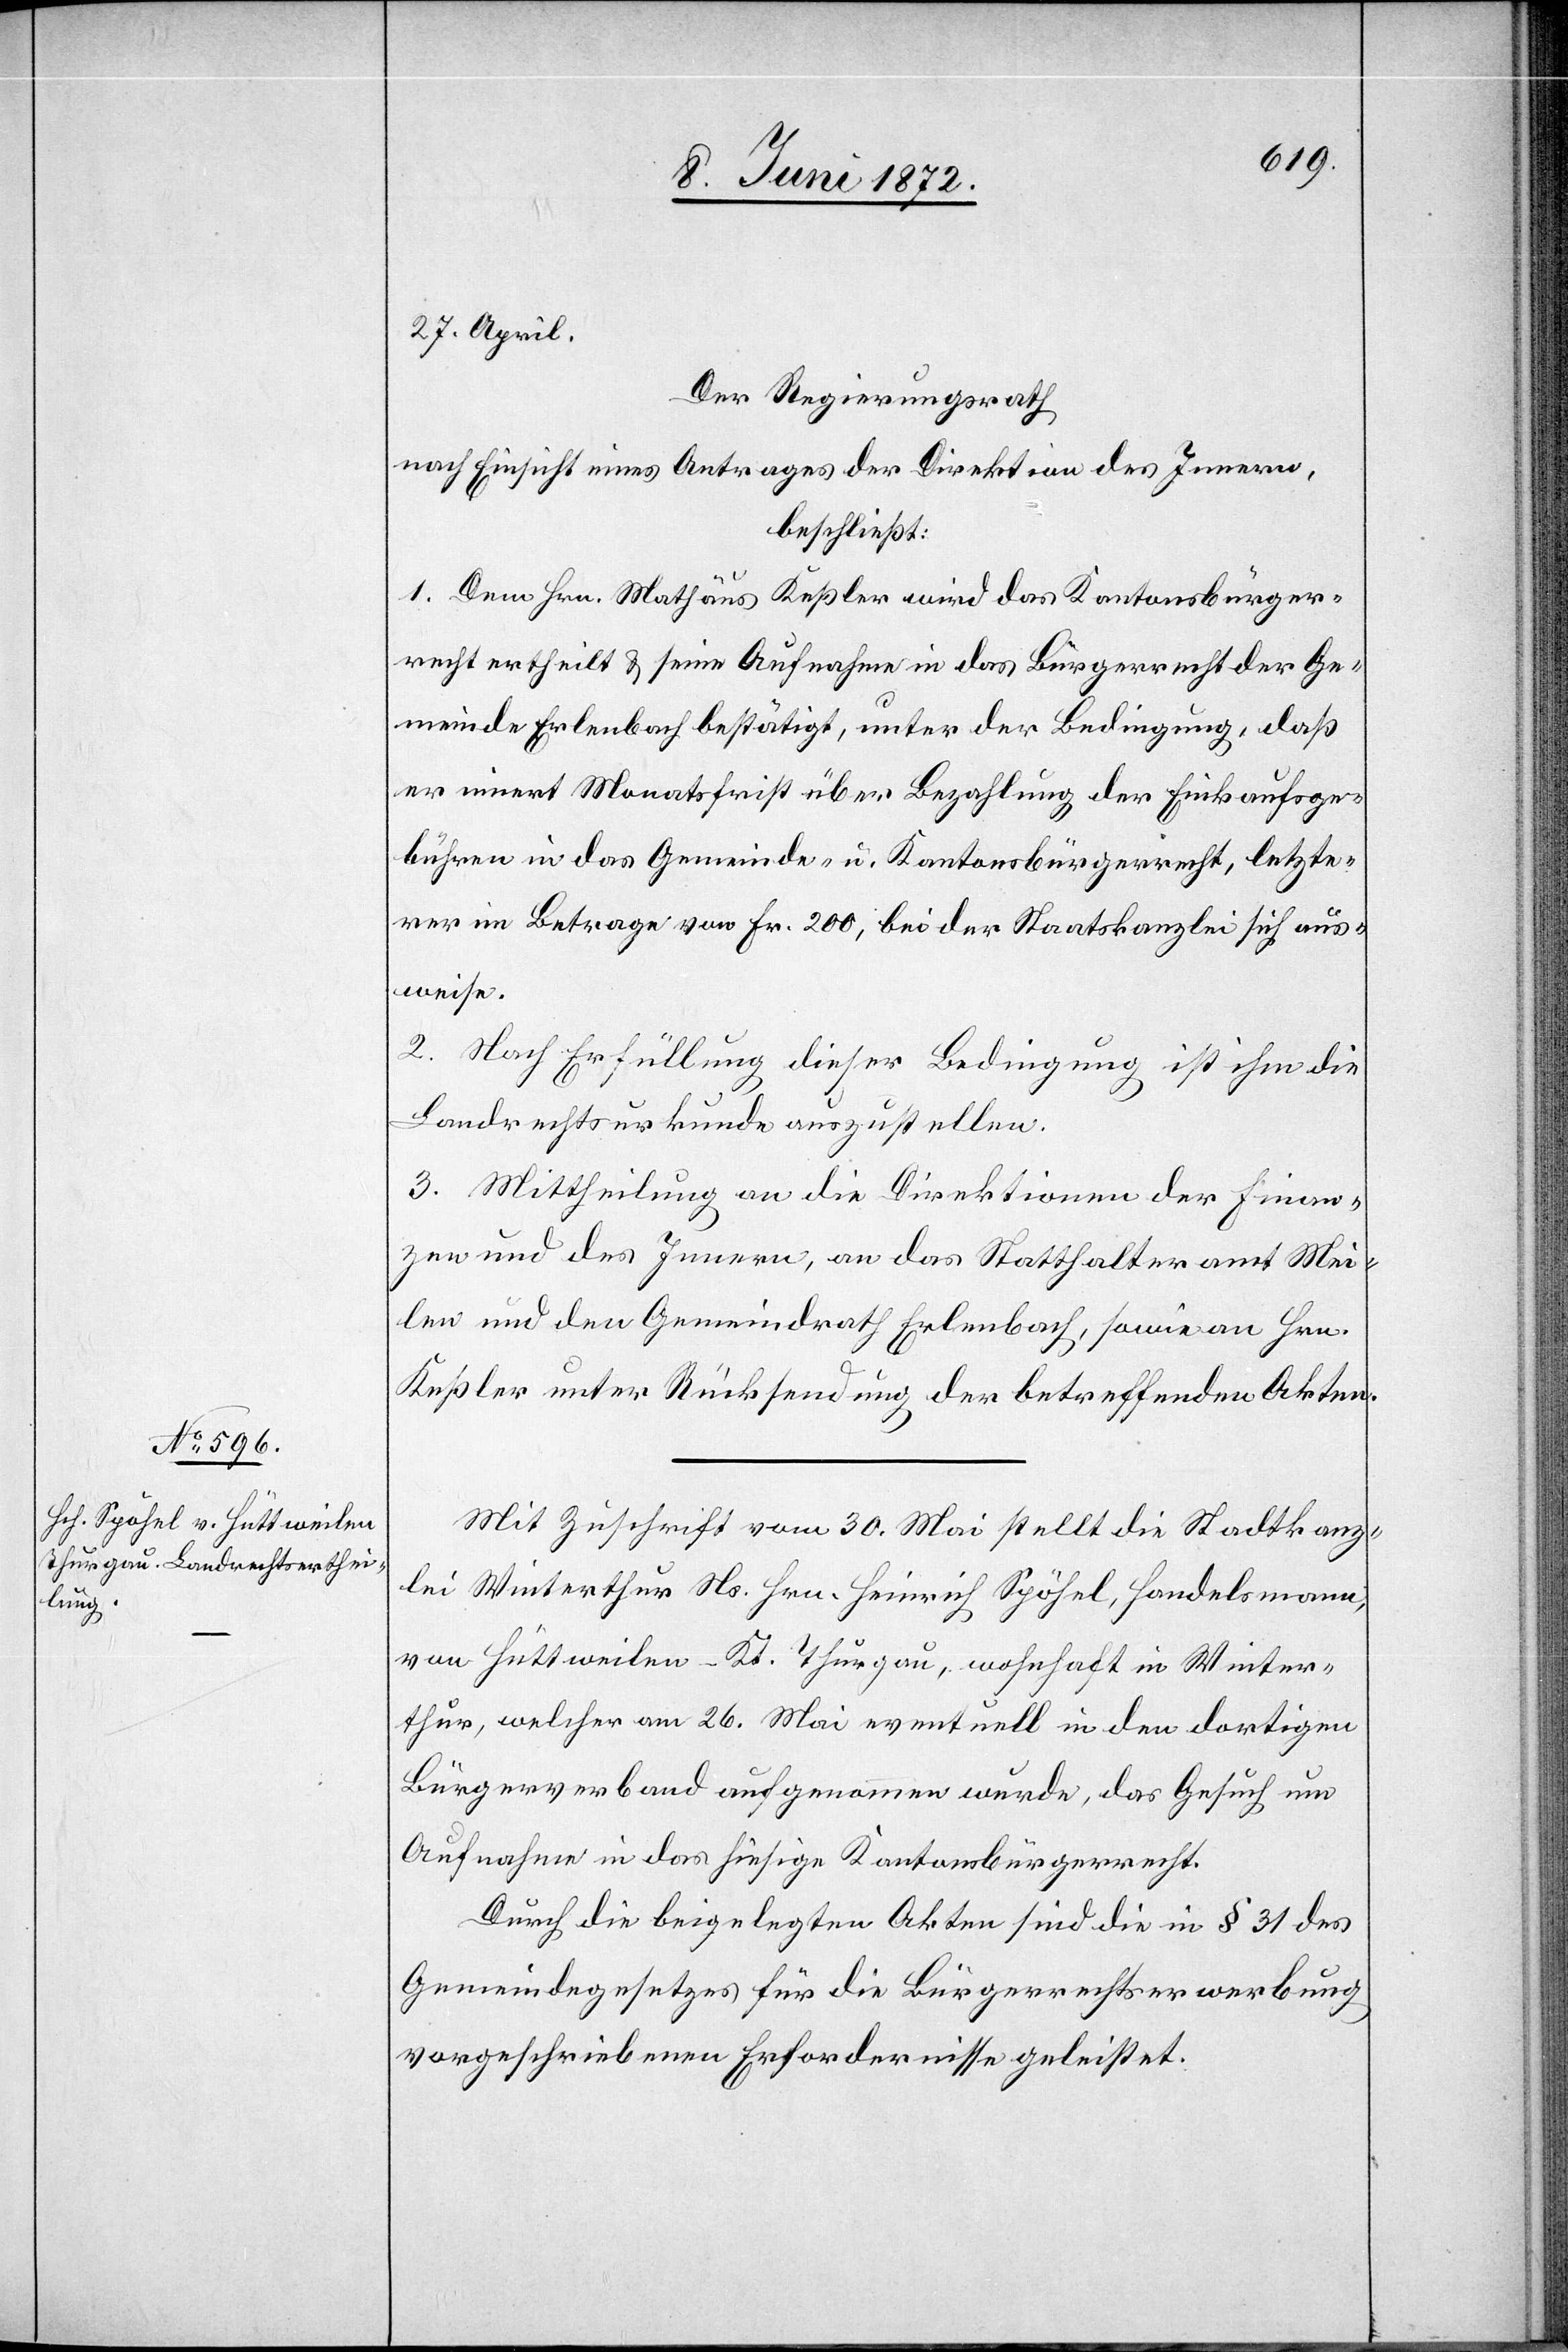
Mit Zuschrift vom 30. Mai stellt die Stadtkanz¬
lei Winterthur Ns. Hrn. Heinrich Spöhel, Handelsmann,
von Hüttweilen – Kt. Thurgau, wohnhaft in Winter¬
thur, welcher am 26. Mai eventuell in den dortigen
Bürgerverband aufgenommen wurde, das Gesuch um
Aufnahme in das hiesige Kantonsbürgerrecht.
Durch die beigelegten Akten sind die in § 31 des
Gemeindegesetzes für die Bürgerrechtserwerbung
vorgeschriebenen Erfordernisse geleistet.